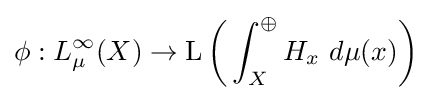
\phi :L_{\mu }^{\infty }(X)\rightarrow \operatorname {L} {\bigg (}\int _{X}^{\oplus }H_{x}\ d\mu (x){\bigg )}